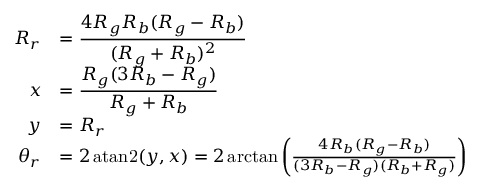
\begin{array} { r l } { R _ { r } } & { = \displaystyle \frac { 4 R _ { g } R _ { b } ( R _ { g } - R _ { b } ) } { ( R _ { g } + R _ { b } ) ^ { 2 } } } \\ { x } & { = \displaystyle \frac { R _ { g } ( 3 R _ { b } - R _ { g } ) } { R _ { g } + R _ { b } } } \\ { y } & { = R _ { r } } \\ { \theta _ { r } } & { = 2 \operatorname { a t a n 2 } ( y , x ) = 2 \arctan \left( \frac { 4 R _ { b } ( R _ { g } - R _ { b } ) } { ( 3 R _ { b } - R _ { g } ) ( R _ { b } + R _ { g } ) } \right) } \end{array}